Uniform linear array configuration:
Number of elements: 16
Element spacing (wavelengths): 0.25
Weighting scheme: hann
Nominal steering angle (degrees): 0
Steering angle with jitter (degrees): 1.066
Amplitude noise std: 0.05
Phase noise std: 0.05

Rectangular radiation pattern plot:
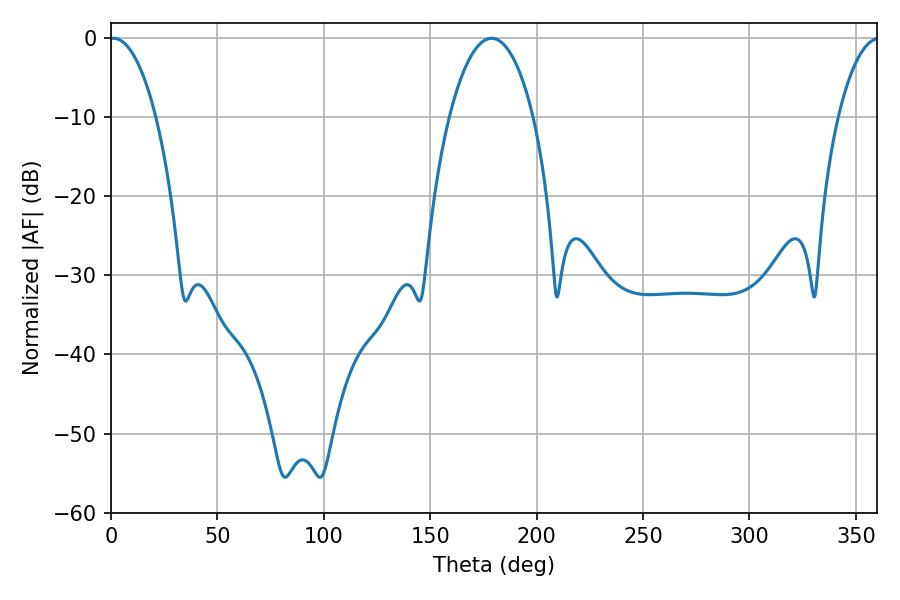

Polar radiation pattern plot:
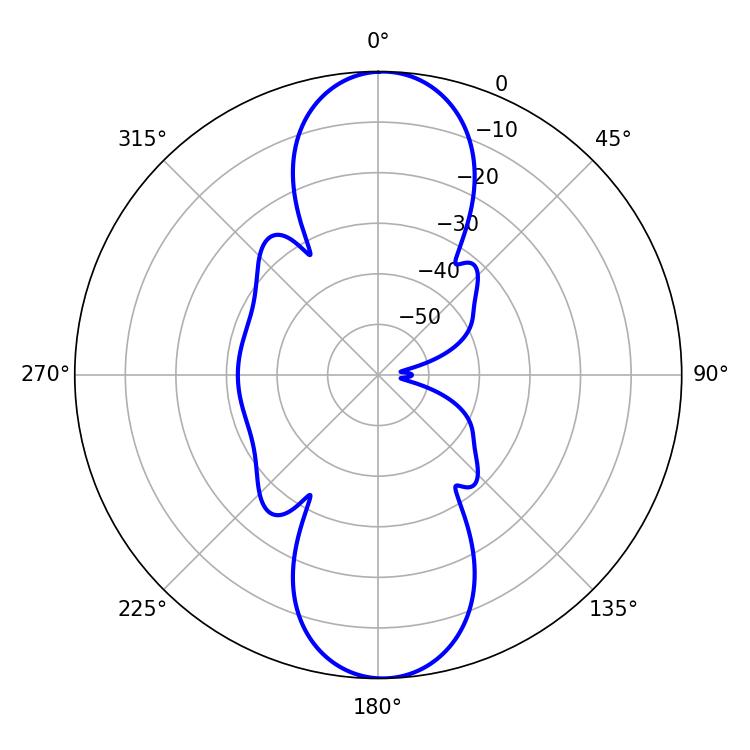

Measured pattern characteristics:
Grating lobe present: FALSE
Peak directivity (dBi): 20.743
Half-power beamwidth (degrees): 12.24
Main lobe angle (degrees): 1.08